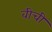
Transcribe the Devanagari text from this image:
वीची